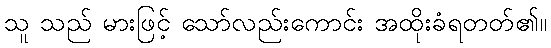
သူ သည် မားဖြင့် သော်လည်းကောင်း အထိုးခံရတတ်၏။